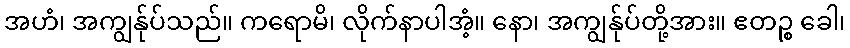
အဟံ၊ အကျွန်ုပ်သည်။ ကရောမိ၊ လိုက်နာပါအံ့။ နော၊ အကျွန်ုပ်တို့အား။ ဧတဉ္စ ခေါ၊